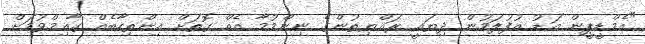
"އެމްޑީޕީން އަޑު އުފުލަމުން ދިޔައީ ރައްޔިތުންގެ ނިންމުމާ އެއް ގޮތަށް އިންތިހާބެއް ގާއިމްވުމަށް